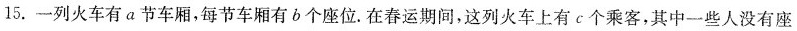
15.一列火车有a节车厢，每节车厢有b个座位。在春运期间，这列火车上有c个乘客，其中一些人没有座